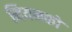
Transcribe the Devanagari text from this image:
नियमको